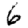
Digit: 6